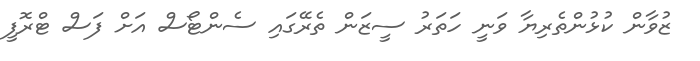
ޒުވާން ކުޅުންތެރިޔާ ވަނީ ހަތަރު ސީޒަން ތެރޭގައި ސެންޓޯސް އަށް ފަސް ޓްރޮފީ